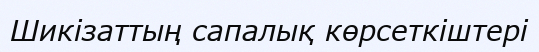
Шикізаттың сапалық көрсеткіштері